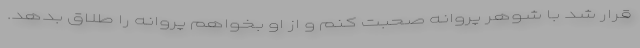
قرار شد با شوهر پروانه صحبت کنم و از او بخواهم پروانه را طلاق بدهد.